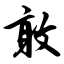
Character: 敢